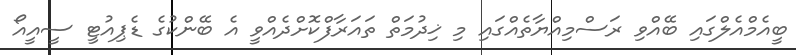
ބީއެމްއެލްގައި ބޭއްވި ރަސްމިއްޔާތެއްގައި މި ޚިދުމަތް ތައަރާފްކޮށްދެއްވީ އެ ބޭންކުގެ ޑެޕިއުޓީ ސީއީއޯ